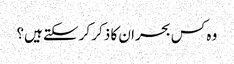
وہ کس بحران کا ذکر کرسکتے ہیں؟